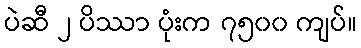
ပဲဆီ ၂ ပိဿာ ပုံးက ၇၅၀၀ ကျပ်။